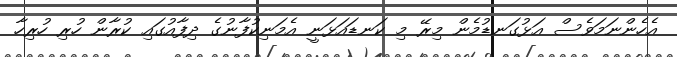
އެހެންނަމަވެސް އަޅުގަނޑުމެން މިރޭ މި ކަނޑައަޅަނީ އެމަނިކުފާނުގެ ދިފާއުގައި ކުރާން ހުރި ހުރިހާ